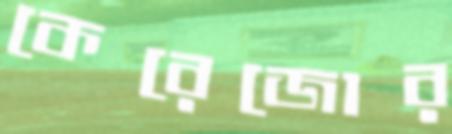
কেরেজোর